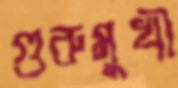
গুরুমুখী